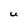
Character: U